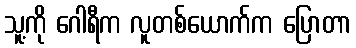
သူ့ကို ဂေါရီက လူတစ်ယောက်က ပြောတာ